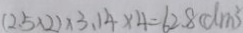
( 2 . 5 \times 2 ) \times 3 . 1 4 \times 4 = 6 2 . 8 ( d m ^ { 2 } )